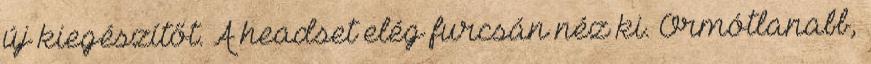
új kiegészítőt. A headset elég furcsán néz ki. Ormótlanabb,